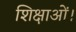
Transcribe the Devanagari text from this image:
शिक्षाओं।